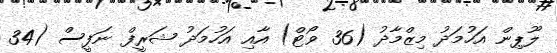
ލޫޕިން އަހުމަދު މިޒްމާދު (36 ވޯޓް) އާއި އަހުމަދު ޝަރީފް ނަފީސް (34